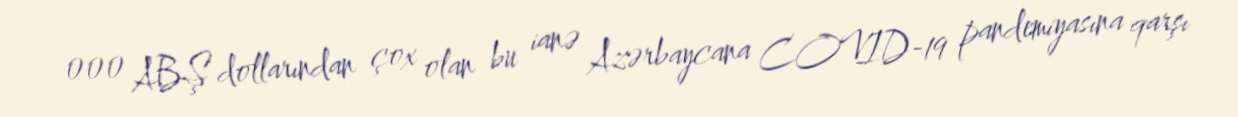
000 ABŞ dollarından çox olan bu ianə Azərbaycana COVID-19 pandemiyasına qarşı